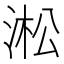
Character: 淞